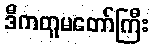
ဒီကတူမတော်ကြီး